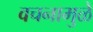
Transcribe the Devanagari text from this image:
वचनामुळे